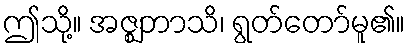
ဤသို့။ အဇ္ဈဘာသိ၊ ရွတ်တော်မူ၏။